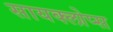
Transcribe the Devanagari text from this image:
सायक्लोप्स